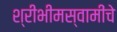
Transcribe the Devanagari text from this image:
श्रीभीमस्वामींचे